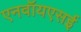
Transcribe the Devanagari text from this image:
एनवॉयएसई